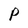
Character: P